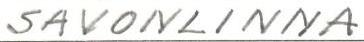
SAVONLINNA